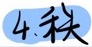
4.秩